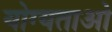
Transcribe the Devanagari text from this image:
योग्यताओ